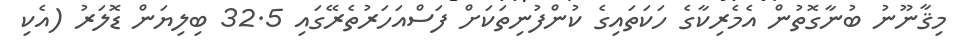
މިޤާނޫނު ބުނާގޮތުން އެމެރިކާގެ ހަކަތައިގެ ކުންފުނިތަކަށް ފަސްއަހަރުތެރޭގައި 32.5 ބިލިޔަން ޑޮލަރު (އެކި